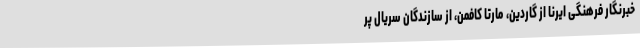
خبرنگار فرهنگی ایرنا از گاردین، مارتا کافمن، از سازندگان سریال پر